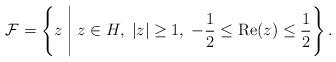
LaTeX: \begin{align*} \mathcal{F} = \left \{ z \; \Bigg| \; z\in H, \; |z|\geq 1, \; -\frac{1}{2}\leq \textup{Re}(z)\leq \frac{1}{2} \right \}. \end{align*}